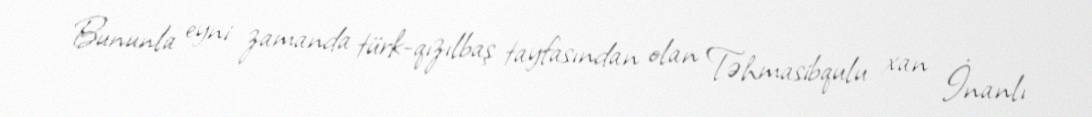
Bununla eyni zamanda türk-qızılbaş tayfasından olan Təhmasibqulu xan İnanlı